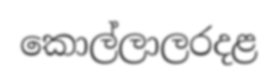
කොල්ලාලරදළ